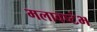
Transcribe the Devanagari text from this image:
मलावष्टंभ